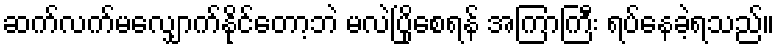
ဆက်လက်မလျှောက်နိုင်တော့ဘဲ မလဲပြိုစေရန် အကြာကြီး ရပ်နေခဲ့ရသည်။